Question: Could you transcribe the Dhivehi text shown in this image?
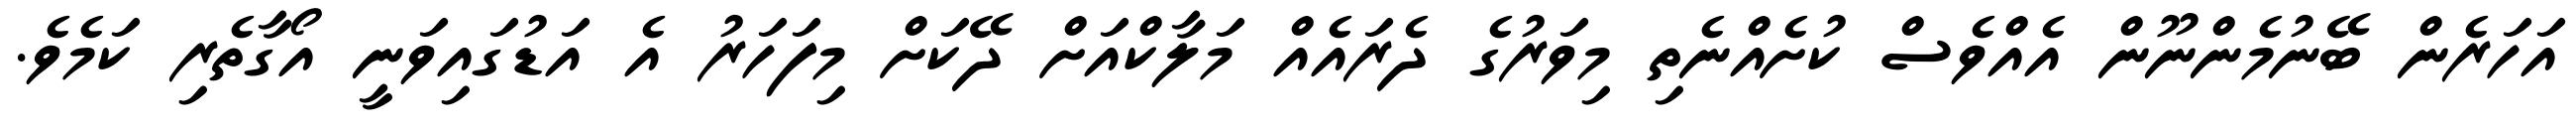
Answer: އަހަރެން ބޭނުމެންނޫން އެއްވެސް ކުށެއްނެތި މިވަރުގެ ދެރައެއް މަލާކްއަށް ދޭކަށް މިފަހަރު އެ އަޑުގައިވަނީ އޯގާތެރި ކަމެވެ.